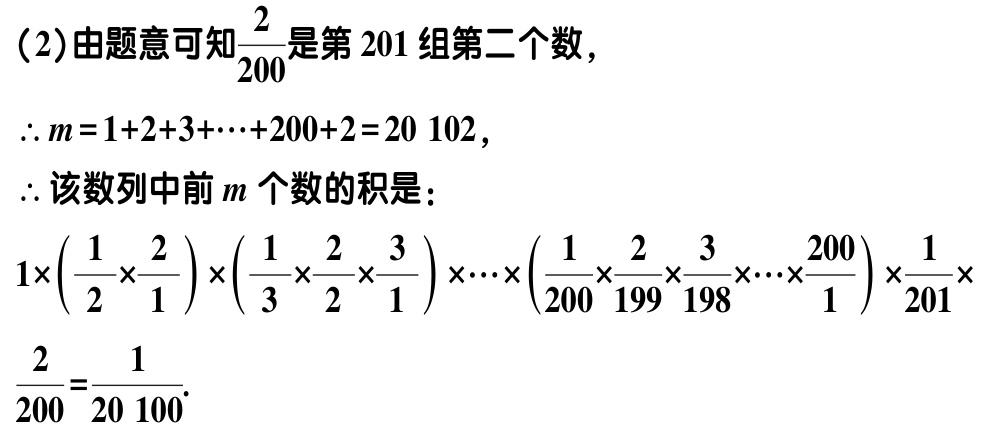
（2）由题意可知$\frac{2}{200}$是第 201 组第二个数，
$\therefore m = 1 + 2 + 3+\cdots+200 + 2=20\ 102$，
$\therefore$该数列中前$m$个数的积是：
$1\times\left(\frac{1}{2}\times\frac{2}{1}\right)\times\left(\frac{1}{3}\times\frac{2}{2}\times\frac{3}{1}\right)\times\cdots\times\left(\frac{1}{200}\times\frac{2}{199}\times\frac{3}{198}\times\cdots\times\frac{200}{1}\right)\times\frac{1}{201}\times
\frac{2}{200}=\frac{1}{20\ 100}.$